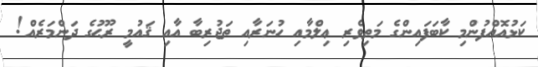
ކަޅުއޮއްފުންމި ކާބަފައިންގެ މަތިވެރި ޢިލްމާއި ހުނަރާއި ތަޖުރިބާ އާއި ޤައުމީ ރޫޙުގެ ދަންމަރެއް!